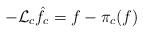
LaTeX: \begin{align*}-\mathcal{L}_{c}\hat{f}_c = f - \pi_c(f)\end{align*}